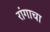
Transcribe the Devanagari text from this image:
रांगाचा